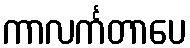
ကာလင်္ကတာပေ